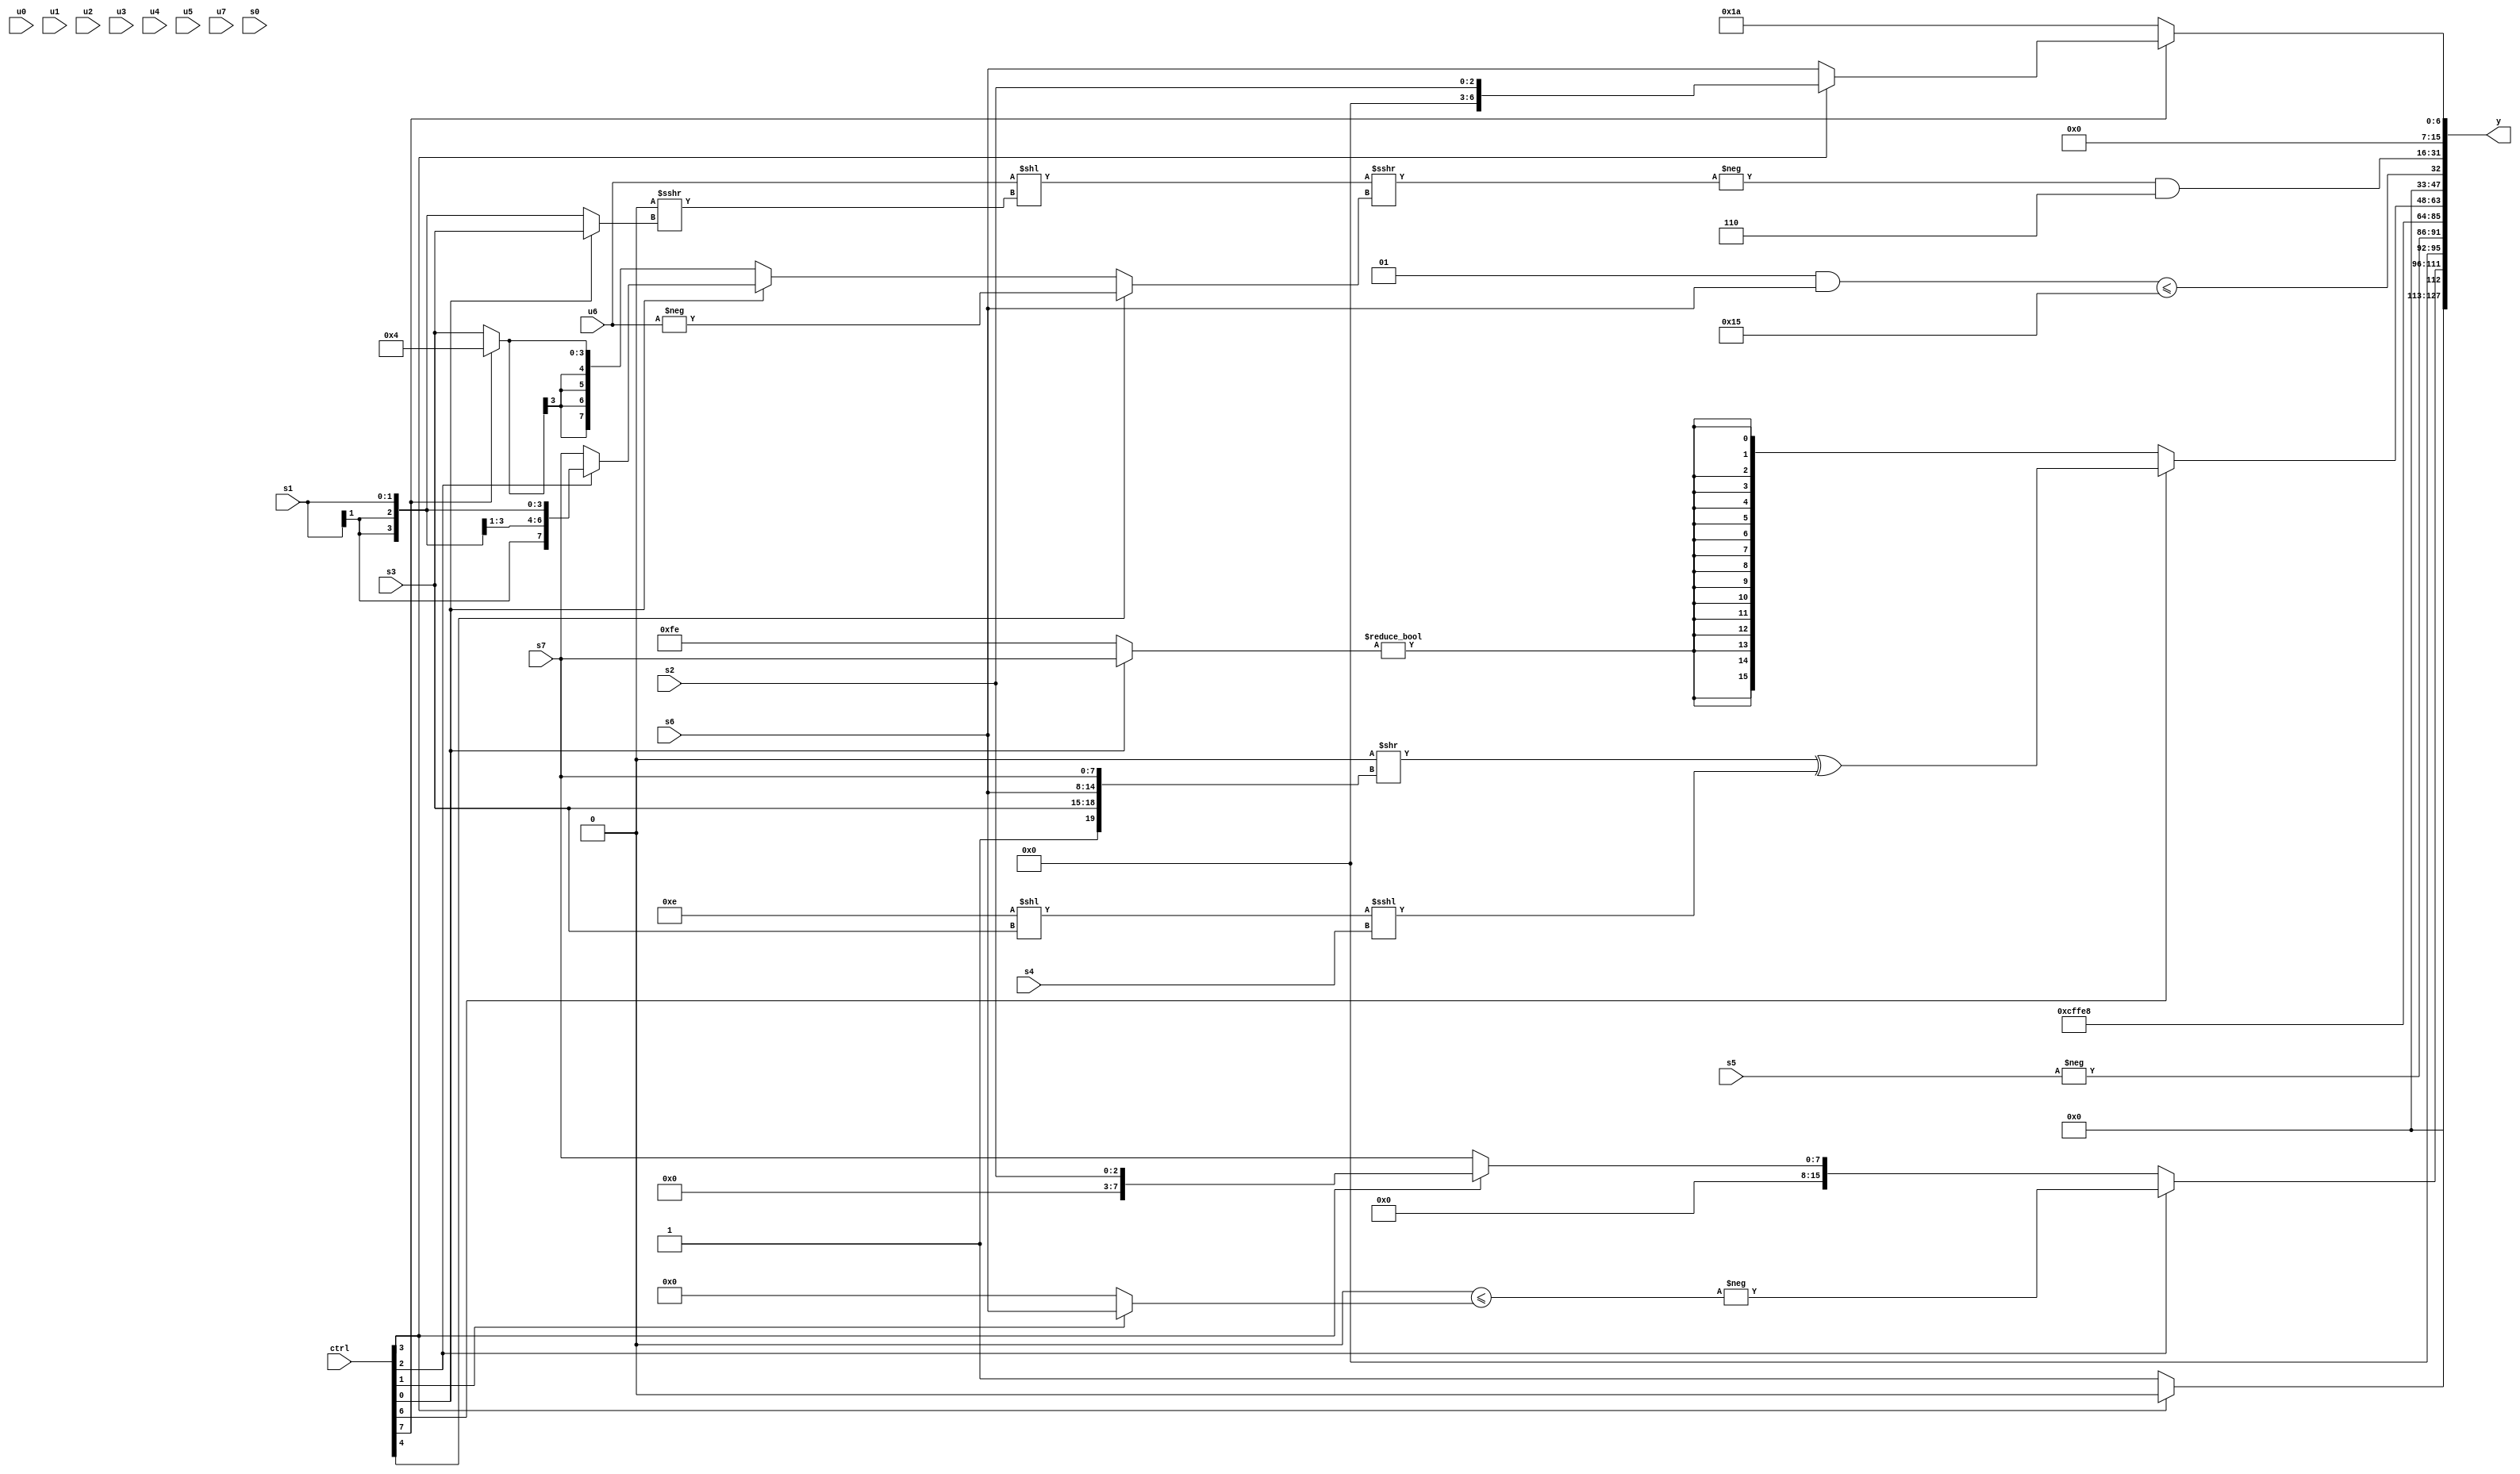
module wideexpr_00184(ctrl, u0, u1, u2, u3, u4, u5, u6, u7, s0, s1, s2, s3, s4, s5, s6, s7, y);
  input [7:0] ctrl;
  input [0:0] u0;
  input [1:0] u1;
  input [2:0] u2;
  input [3:0] u3;
  input [4:0] u4;
  input [5:0] u5;
  input [6:0] u6;
  input [7:0] u7;
  input signed [0:0] s0;
  input signed [1:0] s1;
  input signed [2:0] s2;
  input signed [3:0] s3;
  input signed [4:0] s4;
  input signed [5:0] s5;
  input signed [6:0] s6;
  input signed [7:0] s7;
  output [127:0] y;
  wire [15:0] y0;
  wire [15:0] y1;
  wire [15:0] y2;
  wire [15:0] y3;
  wire [15:0] y4;
  wire [15:0] y5;
  wire [15:0] y6;
  wire [15:0] y7;
  assign y = {y0,y1,y2,y3,y4,y5,y6,y7};
  assign y0 = +($unsigned((ctrl[3]?1'sb0:2'sb01)));
  assign y1 = (ctrl[2]?+(-((((s4)>>>(3'b011))>>(-(5'sb01011)))<=((ctrl[1]?(s6)>>(3'b000):(2'sb00)&(2'sb01))))):(ctrl[3]?s2:$signed(s7)));
  assign y2 = {+(-(s5)),$signed(6'sb001100)};
  assign y3 = $signed(6'sb101000);
  assign y4 = (ctrl[6]?($signed((4'sb0000)>>({1'sb1,s3,s6,s7})))^(+(((6'sb001110)<<(s3))<<<((ctrl[5]?s4:s4)))):$signed(((ctrl[0]?s7:2'sb10))!=($signed((1'b1)!=(1'b1)))));
  assign y5 = ($signed(|((($signed(2'sb01))&((s6)<<(1'sb0)))<=(6'sb110101))))==(2'b01);
  assign y6 = (-(((u6)<<((2'sb00)>>>((ctrl[0]?(s3)>>(1'sb0):+(s1)))))>>>((ctrl[4]?-(u6):$signed((ctrl[0]?(ctrl[2]?s1:s7):(ctrl[7]?4'sb0100:s3)))))))&(4'sb0110);
  assign y7 = (ctrl[7]?$signed({1{(ctrl[3]?s2:(ctrl[7]?s6:{2{4'sb1010}}))}}):5'b11010);
endmodule